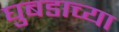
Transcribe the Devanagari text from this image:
घुबडाच्या